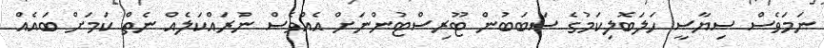
ނަމަވެސް ސިޔާސީ ހަލަބޮލިކަމުގެ ސަބަބުން ޓޫރިސްޓުންނަށް އެއްވެސް ނުރައްކަލެއް ނެތް ކަމަށް ބައެއް